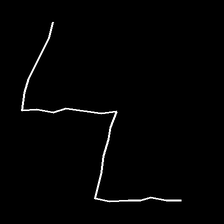
Glyph: crush